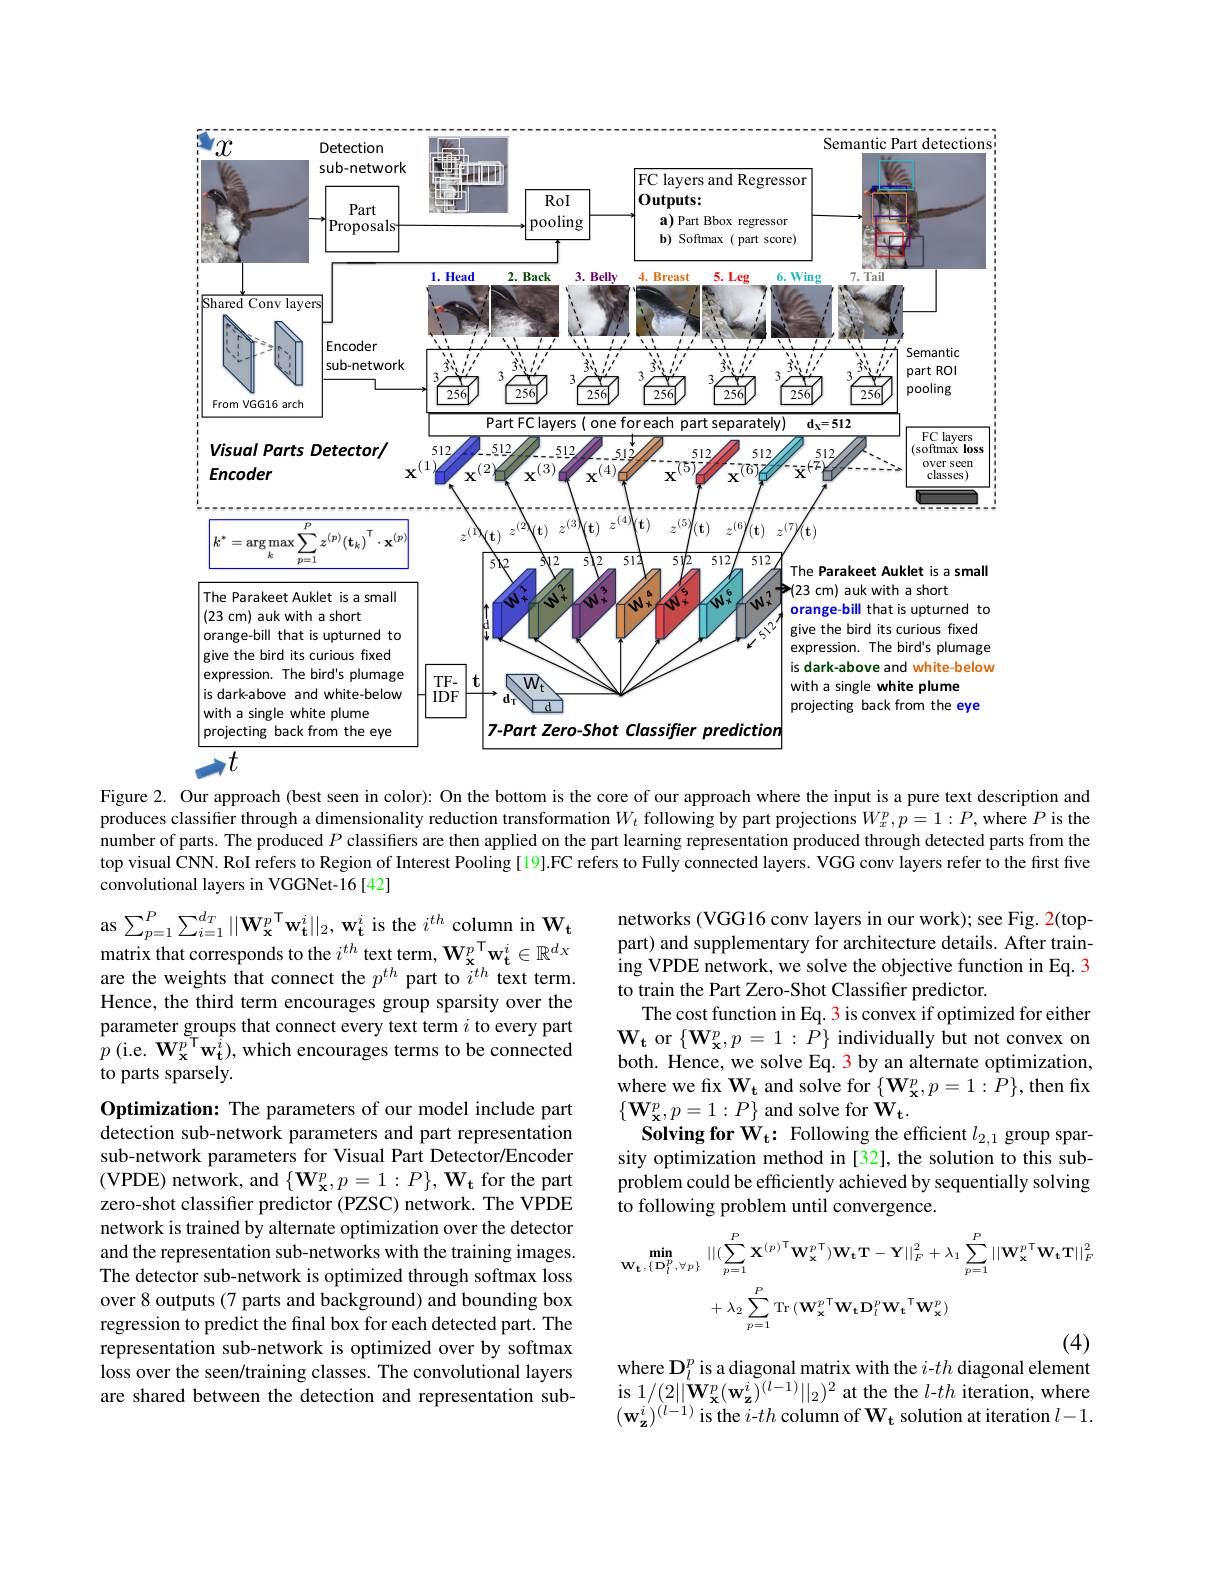
<FigureHere>
$\rightarrow t$

Figure 2. Our approach (best seen in color): On the bottom is the core of our approach where the input is a pure text description and produces classifier through a dimensionality reduction transformation $W_t$ following by part projections $W_x^p,p=1:P$, where $P$ is the number of parts. The produced $P$ classifiers are then applied on the part learning representation produced through detected parts from the top visual CNN. RoI refers to Region of Interest Pooling [19].FC refers to Fully connected layers. VGG conv layers refer to the first five convolutional layers in VGGNet-16[42]

as $\sum_{p=1}^{P}\sum_{i=1}^{d_{T}}||\mathbf{W}_{\mathbf{x}}^{p}\mathbf{T}\mathbf{w}_{\mathbf{t}}^{i}||_{2},\mathbf{w}_{\mathbf{t}}^{i}$ is the $i^{th}$ column in $\mathbf{W}_{\mathbf{t}}$ matrix that corresponds to the $i^th$ text term, W$_\mathbf{x}^p^{\mathsf T}\mathbf{w}_\mathbf{t}^i\in\mathbb{R}^{dx}$ are the weights that connect the $p^{th}$ part to $i^{th}$ text term. Hence, the third term encourages group sparsity over the parameter groups that connect every text term $i$ to every part $\hat{p}\left(\mathrm{i.e.~W_{\mathbf{x}}^{p}}^{\tilde{\daleth}}\mathbf{w_{t}^{\hat{i}}}\right)$,which encourages terms to be connected to parts sparsely.

networks (VGG16 conv layers in our work); see Fig. 2(toppart) and supplementary for architecture details. After training VPDE network, we solve the objective function in Eq. 3 to train the Part Zero-Shot Classifier predictor.
The cost function in Eq. 3 is convex if optimized for either $\mathbf{W_{t}~or~}\{\mathbf{W_{x}^{p},p=1:P\}~individually~but~not~convex~on}$ both. Hence, we solve Eq. 3 by an alternate optimization, where we fix $\mathbf{W}_{\mathbf{t}}$ and solve for $\{\mathbf{W}_{\mathbf{x}}^{p},p=1:P\}$,then fix $\{\mathbf{W}_{\mathbf{x}}^{p},p=1:P\}$ and solve for $\mathbf{W}_{\mathbf{t}}.$
Solving for $\tilde{W} _t$: Following the efficient $l_{2, 1}$ group sparsity optimization method in[32], the solution to this subproblem could be efficiently achieved by sequentially solving to following problem until convergence.

Optimization: The parameters of our model include part detection sub-network parameters and part representation sub-network parameters for Visual Part Detector/Encoder (VPDE) network, and $\{\mathbf{W}_{\mathbf{x}}^{p},p=1:P\},\mathbf{W}_{\mathbf{t}}$ for the part zero-shot classifier predictor (PZSC) network. The VPDE network is trained by alternate optimization over the detector and the representation sub-networks with the training images. The detector sub-network is optimized through softmax loss over 8 outputs (7 parts and background) and bounding box regression to predict the final box for each detected part. The representation sub-network is optimized over by softmax loss over the seen/training classes. The convolutional layers are shared between the detection and representation sub-
$$\begin{aligned}\min_{\mathbf{W}_{\mathbf{t}},\{\mathbf{D}_{l}^{p},\forall p\}}&||(\sum_{p=1}^{P}\mathbf{X}^{(p)^{\mathsf{T}}}\mathbf{W}_{\mathbf{x}}^{p\:\mathsf{T}})\mathbf{W}_{\mathbf{t}}\mathbf{T}-\mathbf{Y}||_{F}^{2}+\lambda_{1}\sum_{p=1}^{P}||\mathbf{W}_{\mathbf{x}}^{p\:\mathsf{T}}\mathbf{W}_{\mathbf{t}}\mathbf{T}||_{F}^{2}\\&+\lambda_{2}\sum_{p=1}^{P}\mathrm{Tr}\:(\mathbf{W}_{\mathbf{x}}^{p\:\mathsf{T}}\mathbf{W}_{\mathbf{t}}\mathbf{D}_{l}^{p}\mathbf{W}_{\mathbf{t}}^{\mathsf{T}}\mathbf{W}_{\mathbf{x}}^{p})\end{aligned}$$
where $\mathbf{D}_l^p$ is a diagonal matrix with the $i-th$ diagonal element

$is 1/(2||\mathbf{W}_{\mathbf{x}}^{p}(\mathbf{w}_{\mathbf{z}}^{i})^{(l-1)}||_{2})^{2}$ at the the $l-th$ iteration, where $(\mathbf{w}_{\mathbf{z}}^{i})^{(l-1)}$ is the $i$-$th$ column of $\mathbf{W}_\mathbf{t}$ solution at iteration $l-1.$